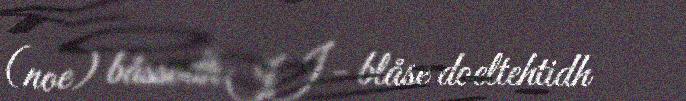
(noe) båssodh II - blåse doeltehtidh